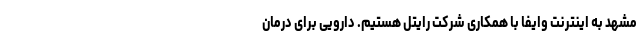
مشهد به اینترنت وایفا با همکاری شرکت رایتل هستیم. دارویی برای درمان